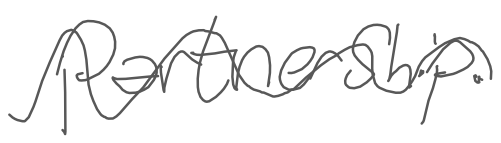
Text: Partnership.
Cross-out: wave
Writing tool: digital_gray